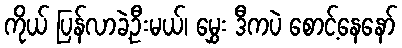
ကိုယ် ပြန်လာခဲ့ဦးမယ်၊ မွှေး ဒီကပဲ စောင့်နေနော်